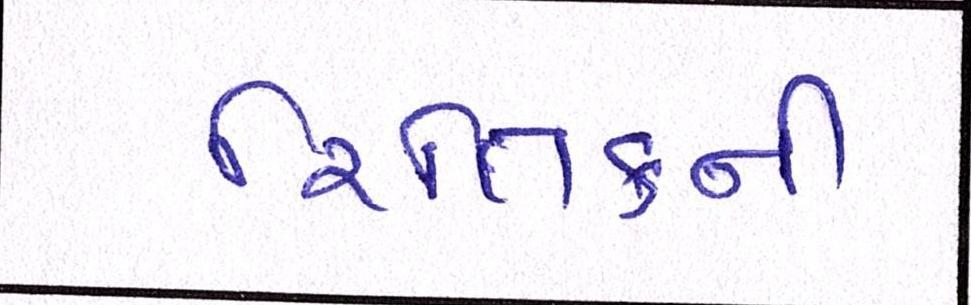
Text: રિતિકની